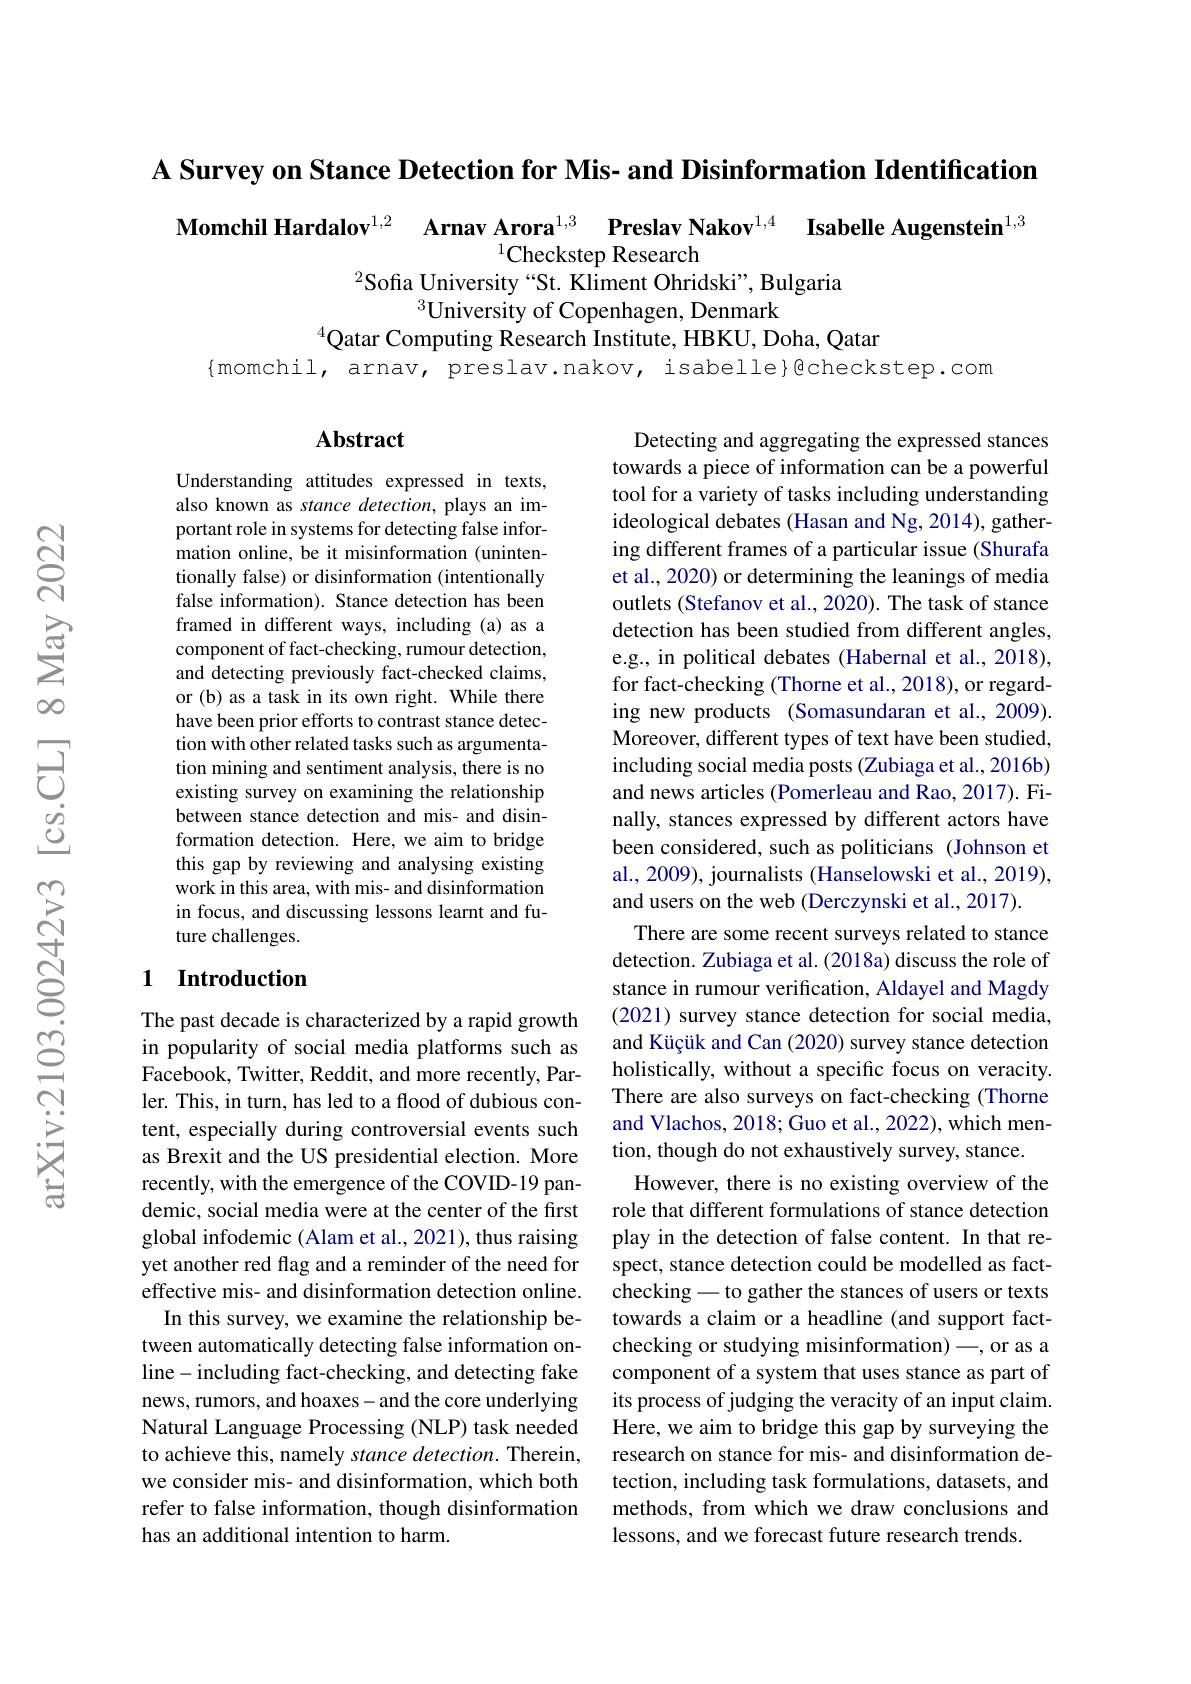
A Survey on Stance Detection for Mis- and Disinformation Identification

$\textbf{Momchil Hardalov}^{1, 2}$ $\textbf{Arnav Arora}^{1, 3}$ $\textbf{Preslav Nakov}^{1, 4}$ $\textbf{Isabelle Augenstein}^{1, 3}$
$^{2}$Sofia University“St. Kliment Ohridski”, Bulgaria
$^{3}$University of Copenhagen, Denmark
$^{4}$Qatar Computing Research Institute, HBKU, Doha, Qatar

{momchil, arnav, preslav.nakov, isabelle}@checkstep.com

### $\mathbf{Abstract}$

Understanding attitudes expressed in texts, also known as stance detection, plays an important role in systems for detecting false information online, be it misinformation (unintentionally false) or disinformation (intentionally false information). Stance detection has been framed in different ways, including (a) as a component of fact-checking, rumour detection, and detecting previously fact-checked claims, or (b) as a task in its own right. While there have been prior efforts to contrast stance detection with other related tasks such as argumentation mining and sentiment analysis, there is no existing survey on examining the relationship between stance detection and mis- and disinformation detection. Here, we aim to bridge this gap by reviewing and analysing existing work in this area, with mis- and disinformation in focus, and discussing lessons learnt and future challenges.

## 1 Introduction

Detecting and aggregating the expressed stances towards a piece of information can be a powerful tool for a variety of tasks including understanding ideological debates (Hasan and Ng, 2014), gathering different frames of a particular issue (Shurafa et al., 2020) or determining the leanings of media outlets (Stefanov et al.,2020). The task of stance detection has been studied from different angles, e.g., in political debates (Habernal et al., 2018), for fact-checking (Thorne et al., 2018), or regarding new products (Somasundaran et al.,2009). Moreover, different types of text have been studied, including social media posts (Zubiaga et al., 2016b) and news articles (Pomerleau and Rao, 2017). Finally, stances expressed by different actors have been considered, such as politicians (Johnson et al., 2009), journalists (Hanselowski et al., 2019), and users on the web (Derczynski et al., 2017).
There are some recent surveys related to stance detection. Zubiaga et al. (2018a) discuss the role of stance in rumour verification, Aldayel and Magdy (2021) survey stance detection for social media, and Küçük and Can (2020) survey stance detection holistically, without a specific focus on veracity. There are also surveys on fact-checking (Thorne and Vlachos, 2018; Guo et al., 2022), which mention, though do not exhaustively survey, stance.
However, there is no existing overview of the role that different formulations of stance detection play in the detection of false content. In that respect, stance detection could be modelled as factchecking -to gather the stances of users or texts towards a claim or a headline (and support factchecking or studying misinformation) -, or as a component of a system that uses stance as part of its process of judging the veracity of an input claim. Here, we aim to bridge this gap by surveying the research on stance for mis- and disinformation detection, including task formulations, datasets, and methods, from which we draw conclusions and lessons, and we forecast future research trends

The past decade is characterized by a rapid growth in popularity of social media platforms such as Facebook, Twitter, Reddit, and more recently, Parler. This, in turn, has led to a flood of dubious content, especially during controversial events such as Brexit and the US presidential election. More recently, with the emergence of the COVID-19 pandemic, social media were at the center of the first global infodemic (Alam et al., 2021), thus raising yet another red flag and a reminder of the need for effective mis- and disinformation detection online.
In this survey, we examine the relationship between automatically detecting false information online- including fact-checking, and detecting fake news, rumors, and hoaxes- and the core underlying Natural Language Processing (NLP) task needed to achieve this, namely stance detection. Therein, we consider mis- and disinformation, which both refer to false information, though disinformation has an additional intention to harm.